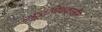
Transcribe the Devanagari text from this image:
ज्यूरासिककालीन